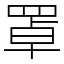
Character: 罩